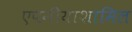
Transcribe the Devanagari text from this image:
एपनीयाशामिल